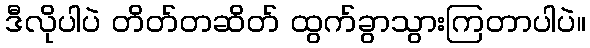
ဒီလိုပါပဲ တိတ်တဆိတ် ထွက်ခွာသွားကြတာပါပဲ။